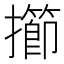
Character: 擳